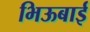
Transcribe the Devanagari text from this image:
भिऊबाई